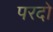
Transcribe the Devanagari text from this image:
परदो